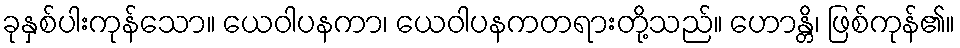
ခုနှစ်ပါးကုန်သော။ ယေဝါပနကာ၊ ယေဝါပနကတရားတို့သည်။ ဟောန္တိ၊ ဖြစ်ကုန်၏။